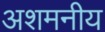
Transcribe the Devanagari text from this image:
अशमनीय